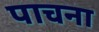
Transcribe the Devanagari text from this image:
पाचना